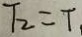
T _ { 2 } = T _ { 1 }